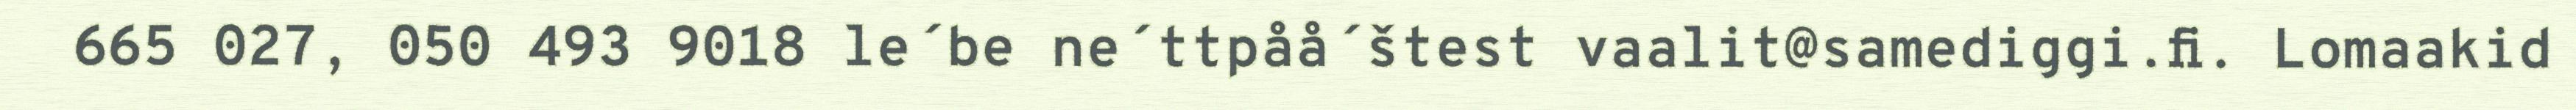
665 027, 050 493 9018 le´be ne´ttpåå´štest vaalit@samediggi.fi. Lomaakid